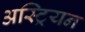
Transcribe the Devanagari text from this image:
अस्ट्रियन